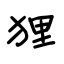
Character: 狸